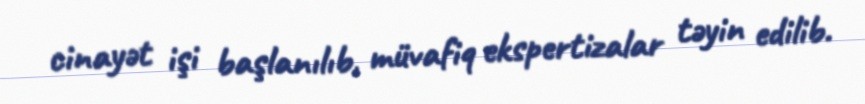
cinayət işi başlanılıb, müvafiq ekspertizalar təyin edilib.